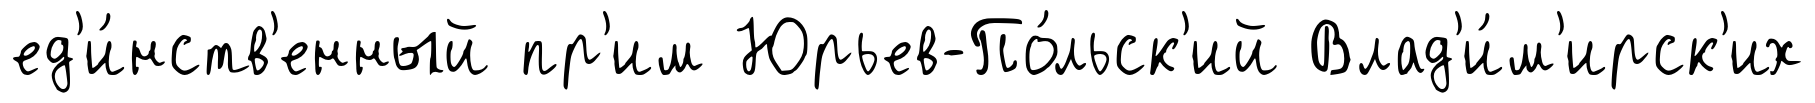
ед'и́нств'енный пр'им Юрьев-По́льск'ий Влад'и́м'ирск'их